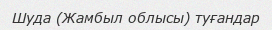
Шуда (Жамбыл облысы) туғандар